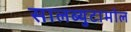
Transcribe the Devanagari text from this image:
सालब्युटामोल